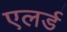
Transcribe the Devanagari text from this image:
एलर्ड